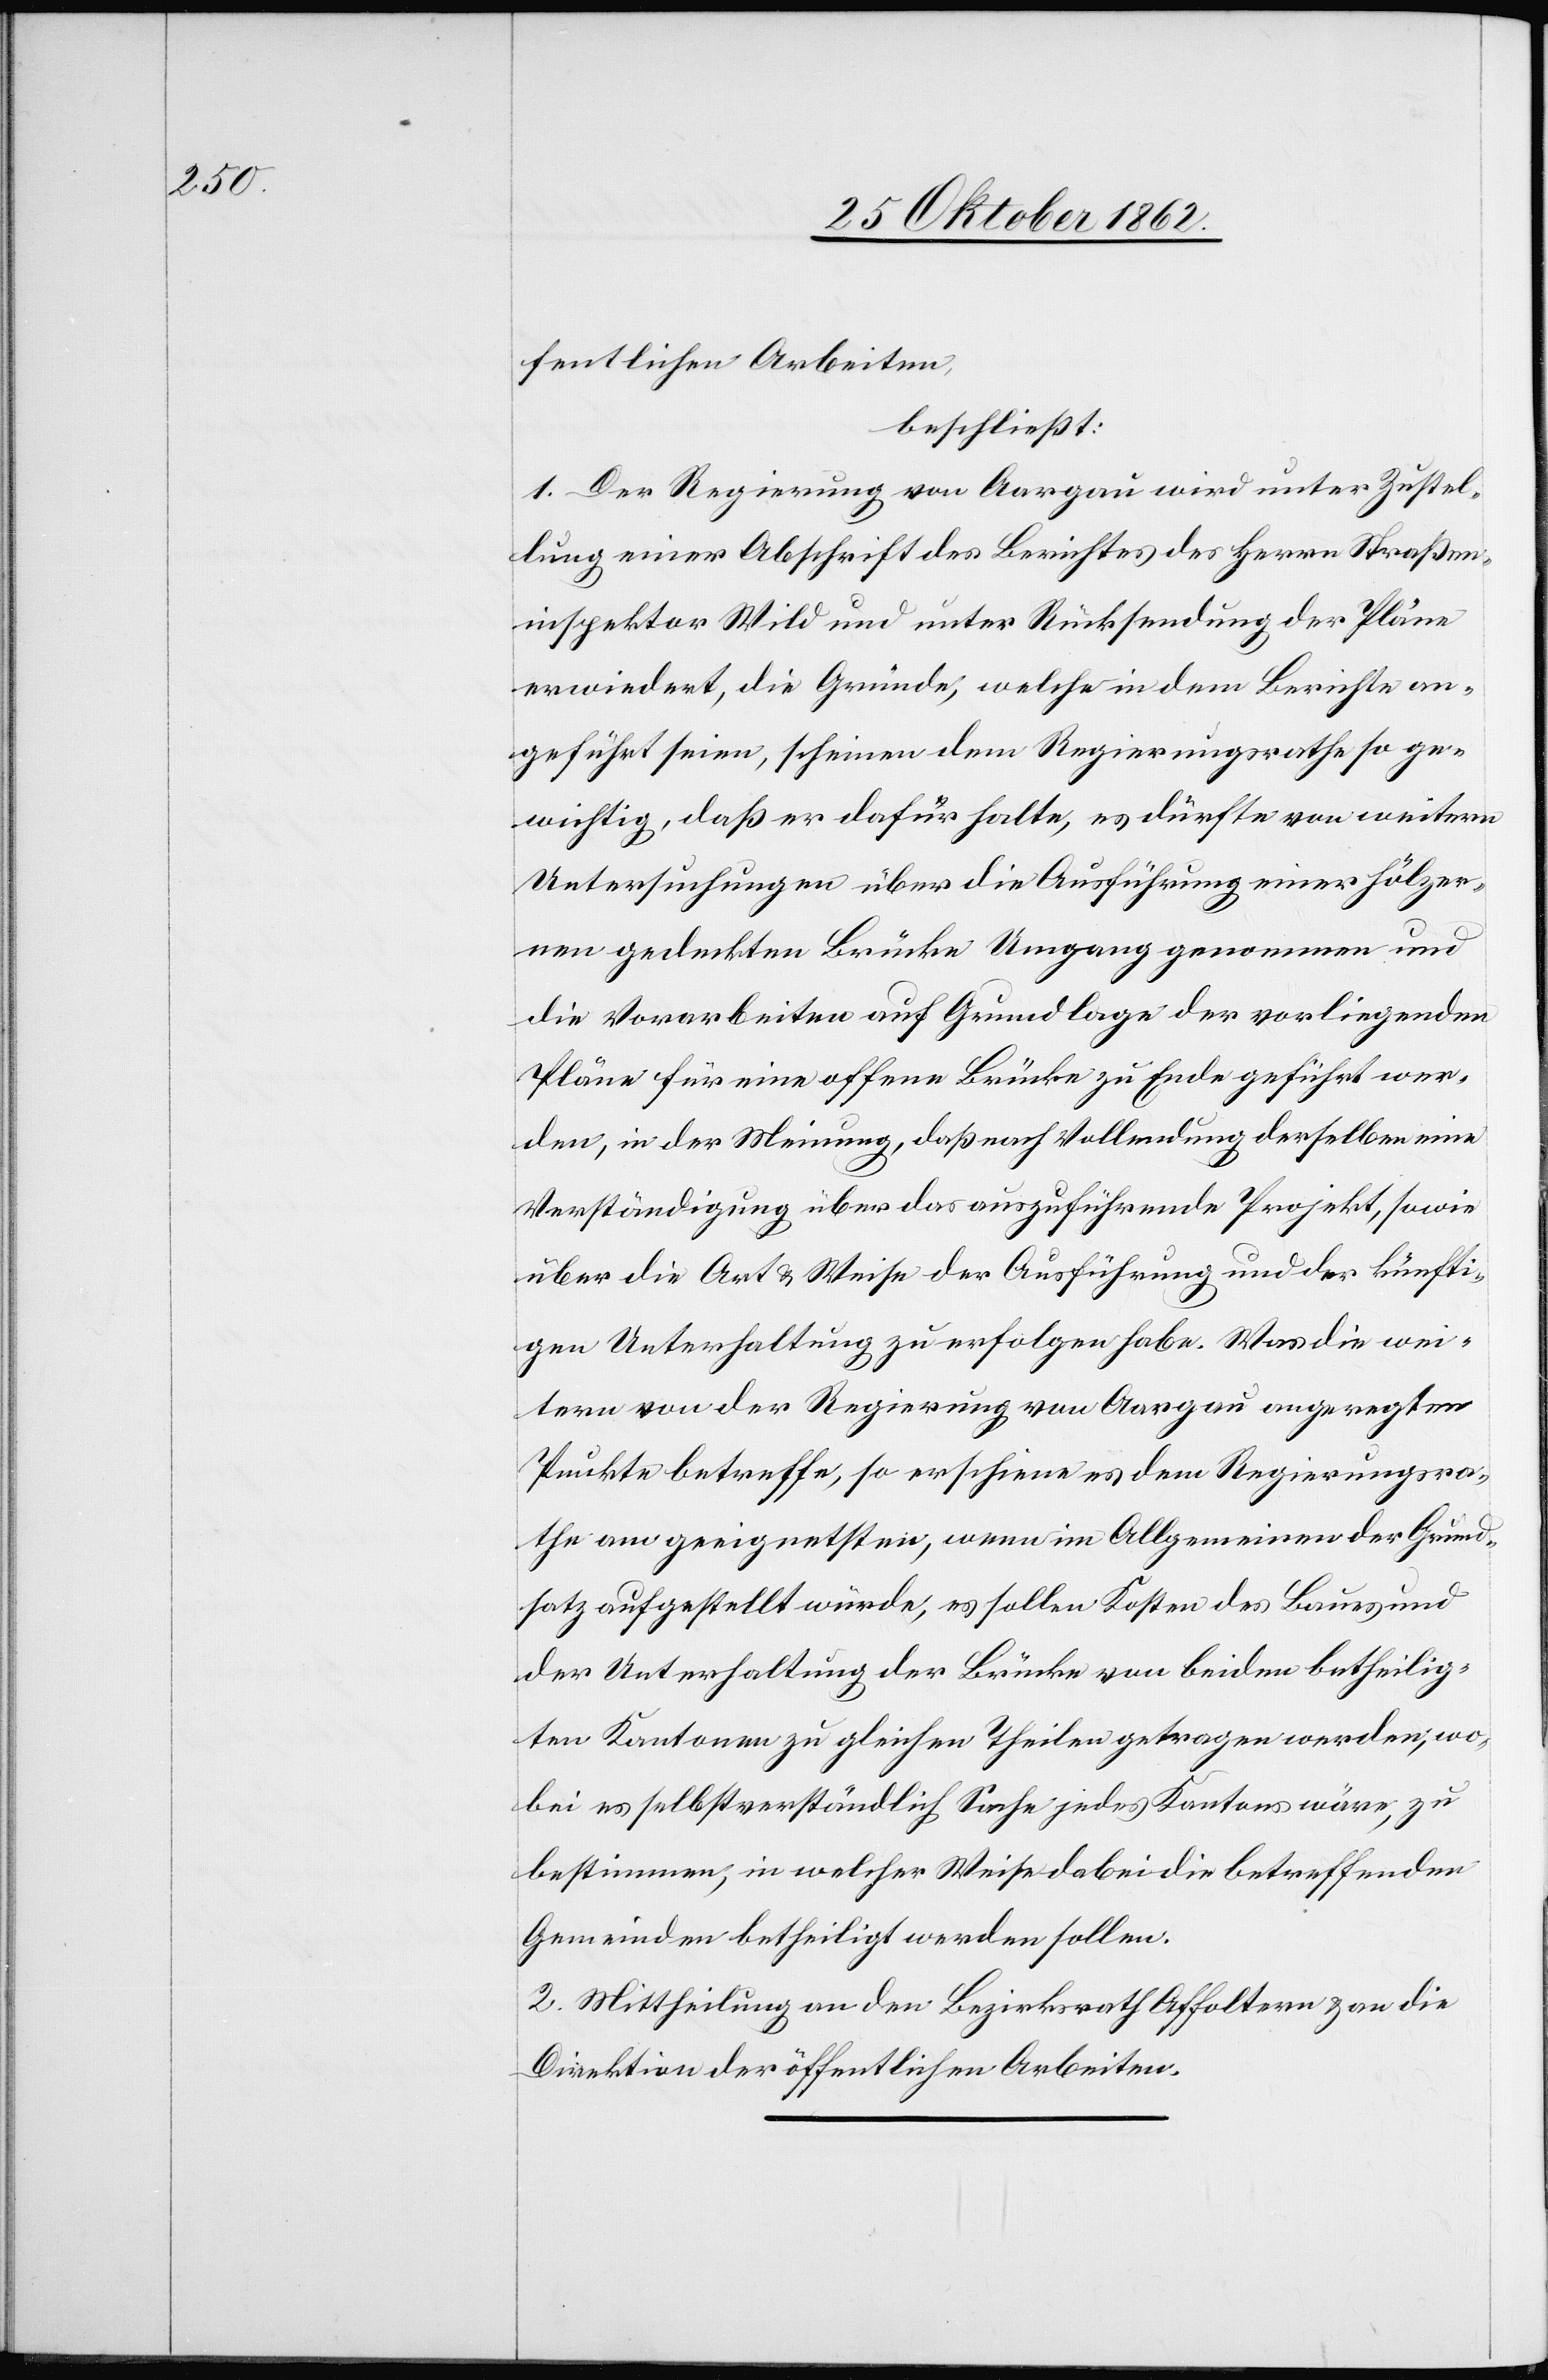
fentlichen Arbeiten,
beschließt:
1. Der Regierung von Aargau wird unter Zustel¬
lung einer Abschrift des Berichtes des Herrn Straßen¬
inspektor Wild und unter Rücksendung der Pläne
erwiedert, die Gründe, welche in dem Berichte an¬
geführt seien, scheinen dem Regierungsrathe so ge¬
wichtig, daß er dafür halte, es dürfte von weitern
Untersuchungen über die Ausführung einer hölzer¬
nen gedeckten Brücke Umgang genommen und
die Vorarbeiten auf Grundlage der vorliegenden
Pläne für eine offene Brücke zu Ende geführt wer¬
den, in der Meinung, daß nach Vollendung derselben eine
Verständigung über das auszuführende Projekt, sowie
über die Art u. Weise der Ausführung und der künfti¬
gen Unterhaltung zu erfolgen habe. Was die wei¬
tern von der Regierung von Aargau angeregten
Punkte betreffe, so erschiene es dem Regierungsra¬
the am geeignetsten, wenn im Allgemeinen der Grund¬
satz aufgestellt würde, es sollen Kosten des Baues und
der Unterhaltung der Brücke von beiden betheilig¬
ten Kantonen zu gleichen Theilen getragen werden, wo¬
bei es selbstverständlich Sache jedes Kantons wäre, zu
bestimmen, in welcher Weise dabei die betreffenden
Gemeinden betheiligt werden sollen.
2. Mittheilung an den Bezirksrath Affoltern u. an die
Direktion der öffentlichen Arbeiten.